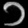
Digit: ၁